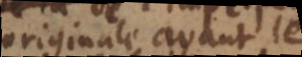
originale avant le